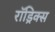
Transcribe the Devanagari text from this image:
रॉड्रिक्स